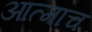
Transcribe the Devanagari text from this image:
आत्माच